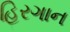
હિરગાન